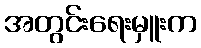
အတွင်းရေးမှူးက